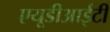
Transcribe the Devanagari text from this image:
एयूडीआईटी